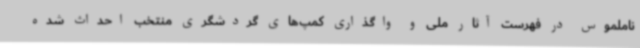
ناملموس در فهرست آثار ملی و واگذاری کمپ‌های گردشگری منتخب احداث شده